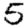
Digit: 5